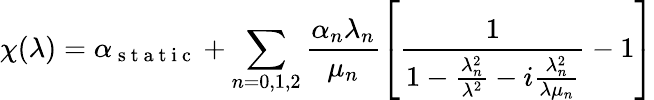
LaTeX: \chi(\lambda)=\alpha_{\mathrm{~s~t~a~t~i~c~}}+\sum_{n=0,1,2}\frac{\alpha_{n}\lambda_{n}}{\mu_{n}}\left[\frac{1}{1-\frac{\lambda_{n}^{2}}{\lambda^{2}}-i\frac{\lambda_{n}^{2}}{\lambda\mu_{n}}}-1\right]